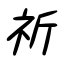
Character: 祈